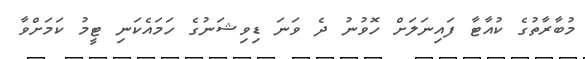
މުބާރާތުގެ ކުއާޓާ ފައިނަލަށް ހޮވުނު ދެ ވަނަ ޑިވިޝަނުގެ ހަމައެކަނި ޓީމު ކަމަށްވާ